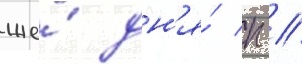
же́ дн'я́ п //